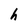
Character: h